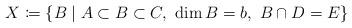
LaTeX: \begin{align*}X \coloneqq \{B\mid A\subset B\subset C,\ \dim B = b,\ B\cap D = E\}\end{align*}